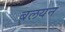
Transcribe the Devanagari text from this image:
बलयन